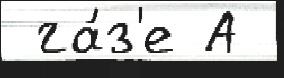
 га́з'е А